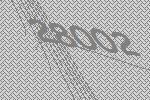
28002